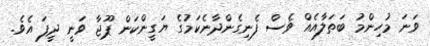
ވަނަ މުހިންމު ބަތަލާއެއް ވެސް ފެނިގެންދާނެކަމުގެ ޔަގީންކަން ޕޫޖާ ވަނީ ދީފަ އެވެ.